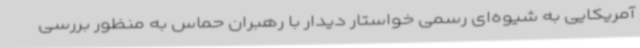
آمریکایی به شیوه‌ای رسمی خواستار دیدار با رهبران حماس به منظور بررسی